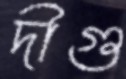
দীগু